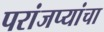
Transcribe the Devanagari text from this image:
परांजप्यांचा